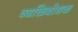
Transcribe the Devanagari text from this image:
व्यक्तिबोधक